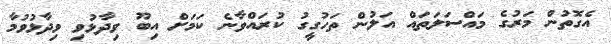
އެގޮތުން މަރުގެ މައްސަލަތައް އަލުން ތަހުގީގު ކުރައްވާނެ ކަމަށް އިބޫ ވިދާޅުވި ވިދާޅުވުމާ